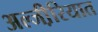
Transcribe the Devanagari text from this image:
अल्जी़रियात